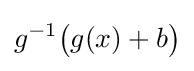
g^{-1}{\bigl (}g(x)+b{\bigr )}